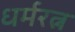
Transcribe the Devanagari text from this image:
धर्मरत्न